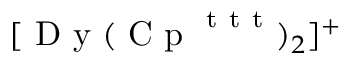
[ \mathrm { ~ D ~ y ~ } ( \mathrm { ~ C ~ p ~ } ^ { \mathrm { ~ t ~ t ~ t ~ } } ) _ { 2 } ] ^ { + }